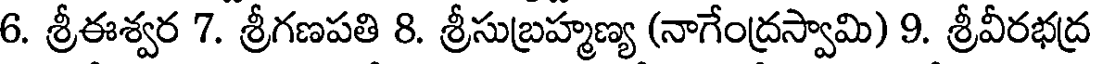
6. శ్రీఈశ్వర 7. శ్రీగణపతి 8. శ్రీసుబ్రహ్మణ్య (నాగేంద్రస్వామి) 9. శ్రీవీరభద్ర